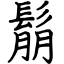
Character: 鬅